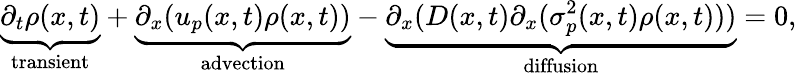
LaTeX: \underbrace{\partial_{t}\rho(x,t)}_{\substack{\mathrm{transient}}}+\underbrace{\partial_{x}(u_{p}(x,t)\rho(x,t))}_{\substack{\mathrm{advection}}}-\underbrace{\partial_{x}(D(x,t)\partial_{x}(\sigma_{p}^{2}(x,t)\rho(x,t)))}_{\substack{\mathrm{diffusion}}}=0,